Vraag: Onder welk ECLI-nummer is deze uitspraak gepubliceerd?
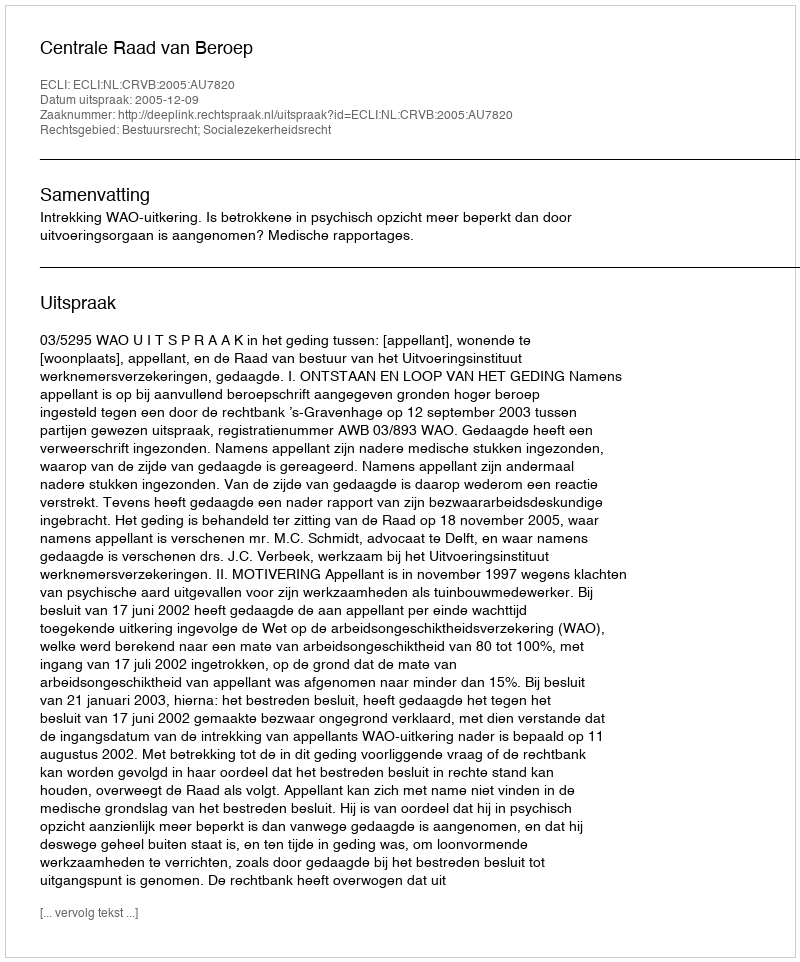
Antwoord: ECLI:NL:CRVB:2005:AU7820